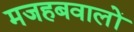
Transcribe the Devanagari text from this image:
मजहबवालों